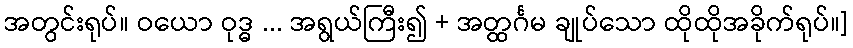
အတွင်းရုပ်။ ဝယော ဝုဒ္ဓ ... အရွယ်ကြီး၍ + အတ္ထင်္ဂမ ချုပ်သော ထိုထိုအခိုက်ရုပ်။]